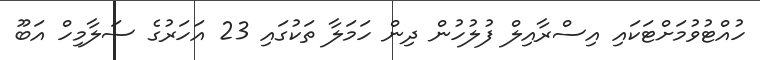
ހުއްޓުވުމަށްޓަކައި އިސްރާއިލް ފުލުހުން ދިން ހަމަލާ ތަކުގައި 23 އަހަރުގެ ސަލާމިހް އަބޫ